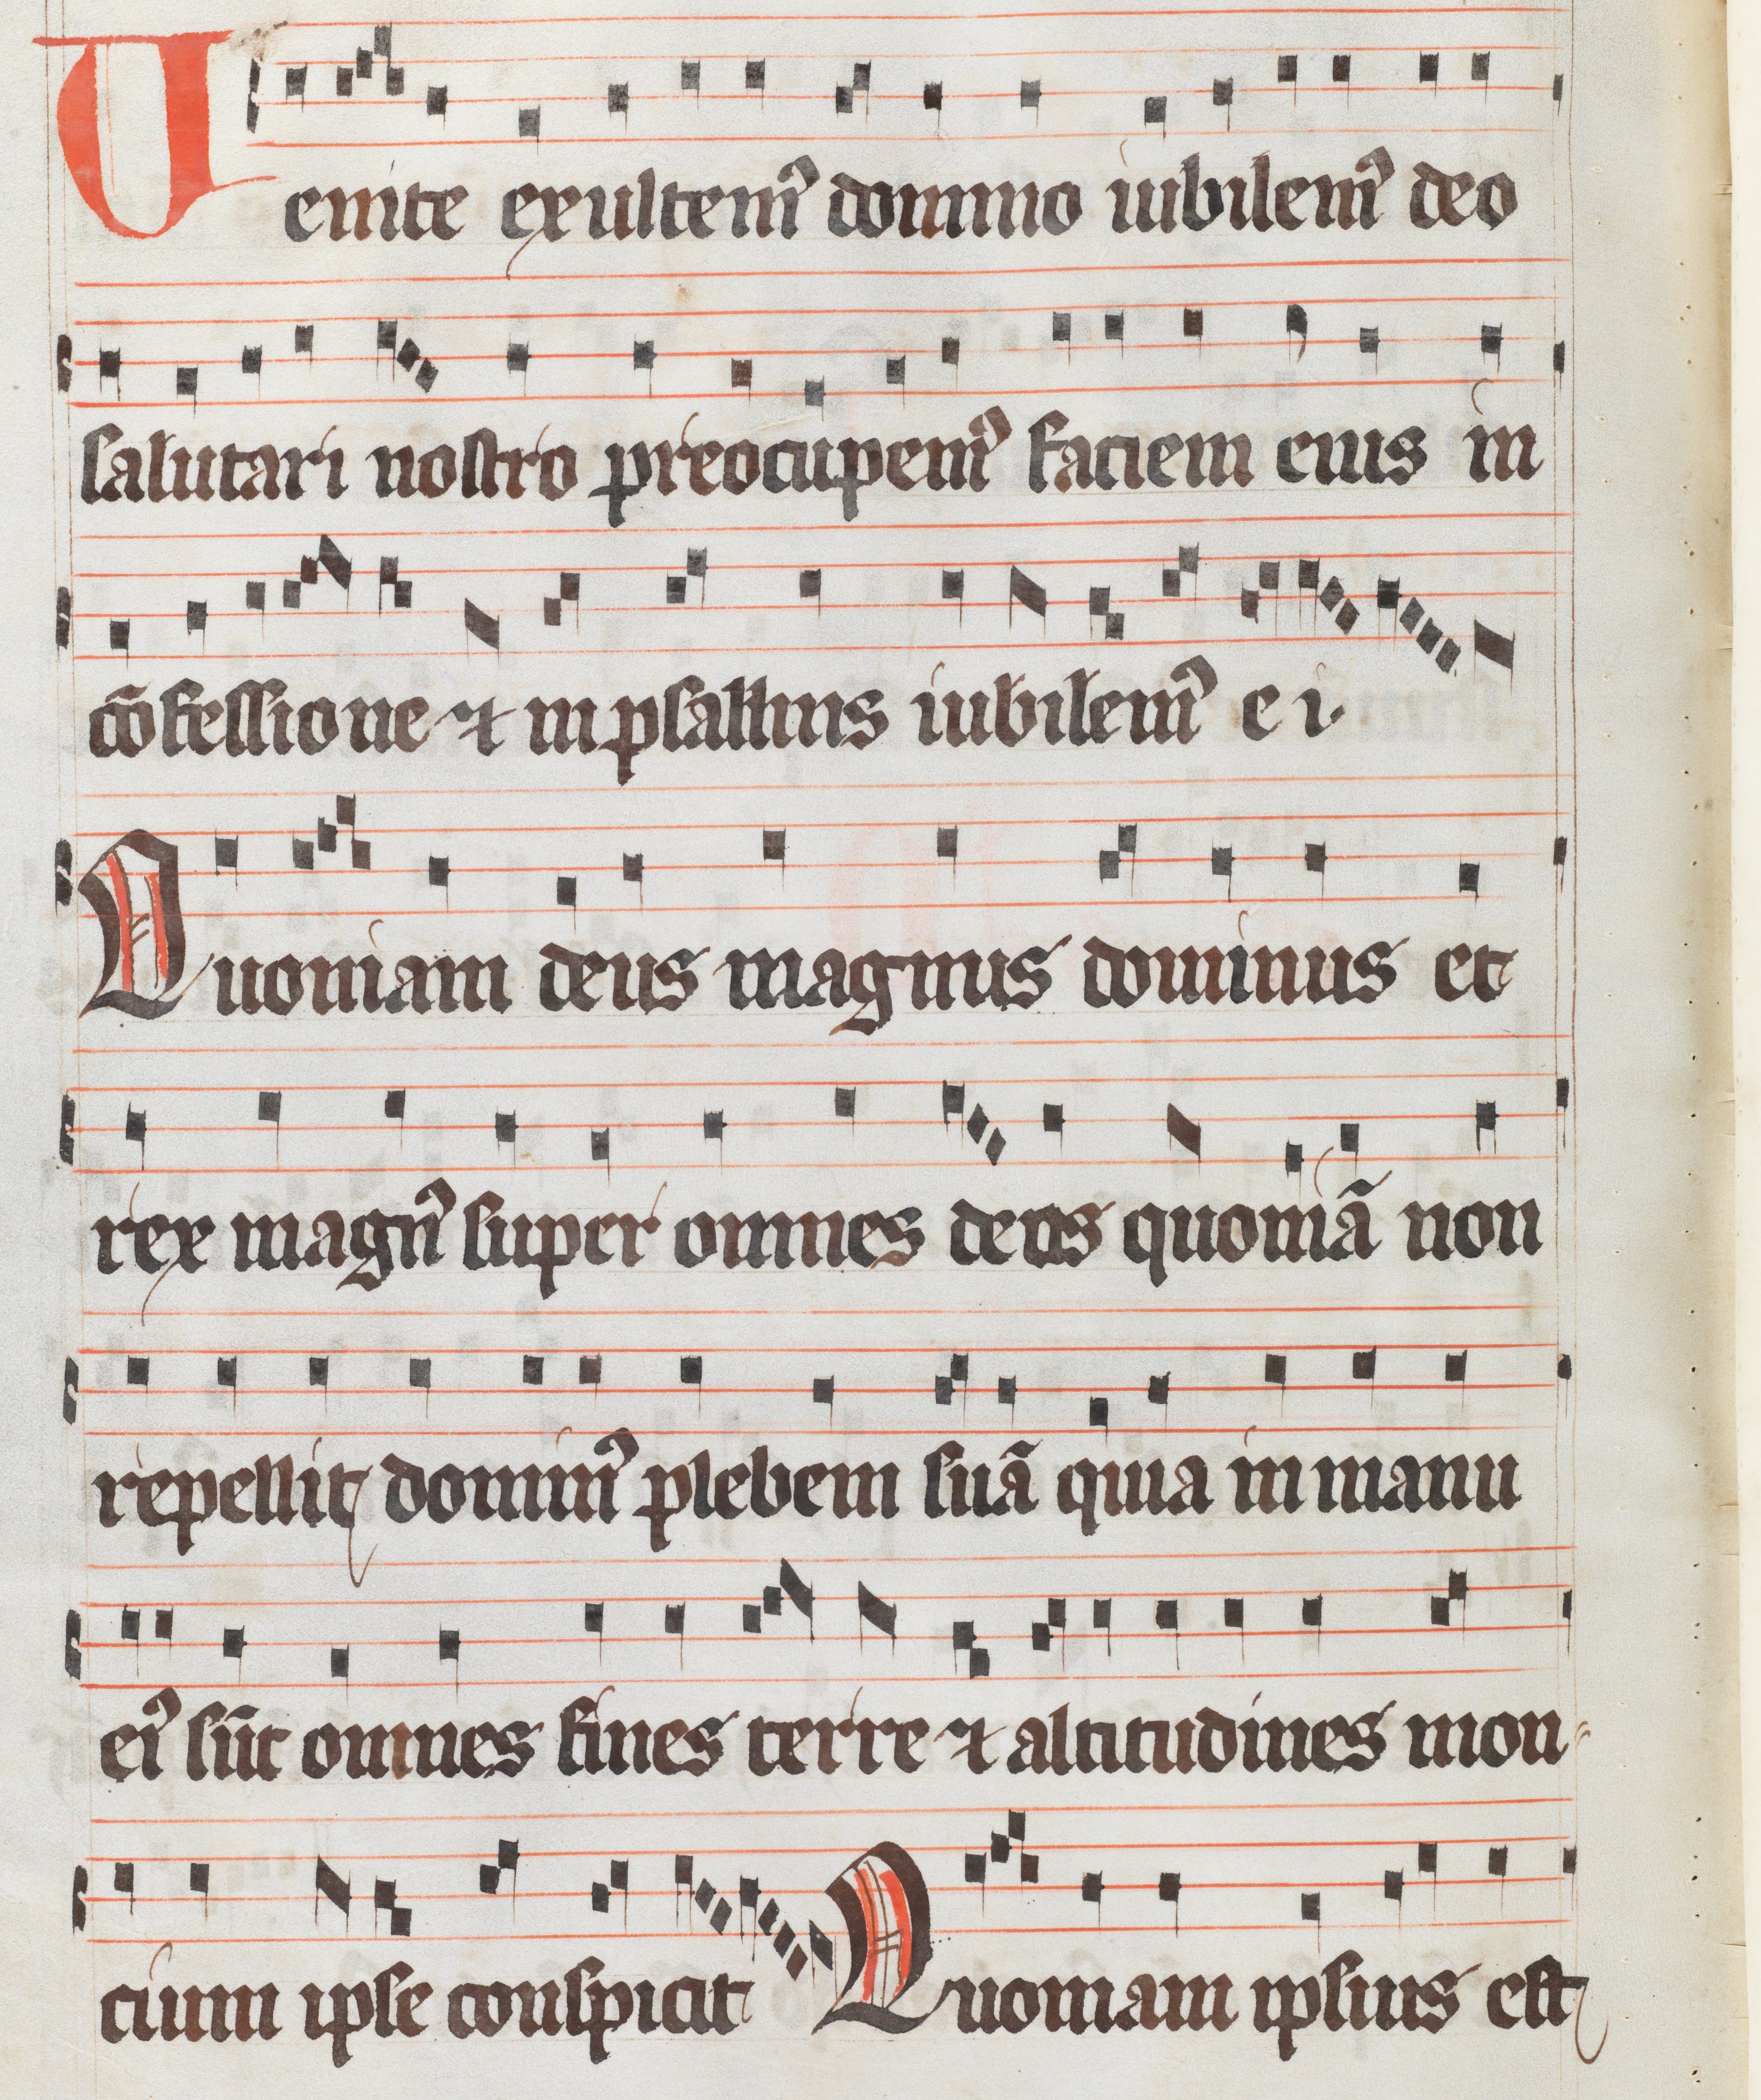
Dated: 1300–1399